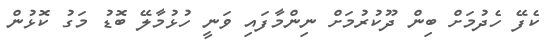
ކެފޭ ހެދުމަށް ބިން ދޫކުރުމަށް ނިންމާފައި ވަނީ ހުޅުމާލޭ ބޮޑު މަގު ކޮޅުން